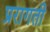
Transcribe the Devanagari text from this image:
प्ररागती